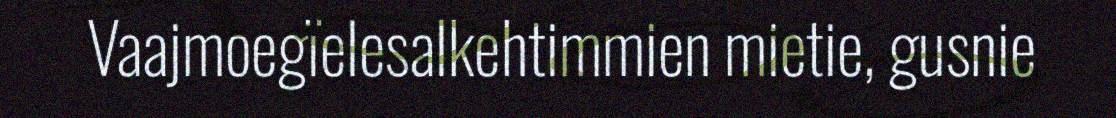
Vaajmoegïelesalkehtimmien mietie, gusnie